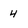
Character: 4